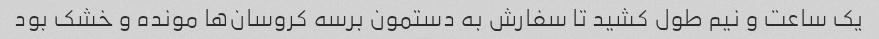
یک ساعت و نیم طول کشید تا سفارش به دستمون برسه کروسان‌ها مونده و خشک بود